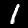
Digit: 1